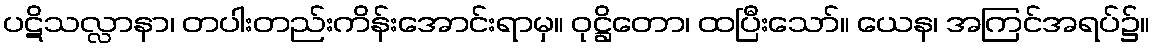
ပဋိသလ္လာနာ၊ တပါးတည်းကိန်းအောင်းရာမှ။ ဝုဋ္ဌိတော၊ ထပြီးသော်။ ယေန၊ အကြင်အရပ်၌။